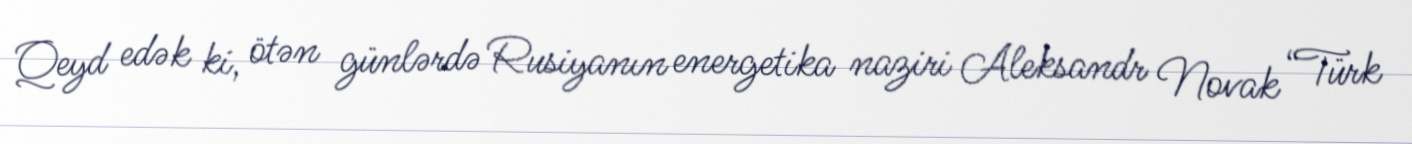
Qeyd edək ki, ötən günlərdə Rusiyanın energetika naziri Aleksandr Novak “Türk